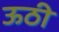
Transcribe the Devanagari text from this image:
ऊठी